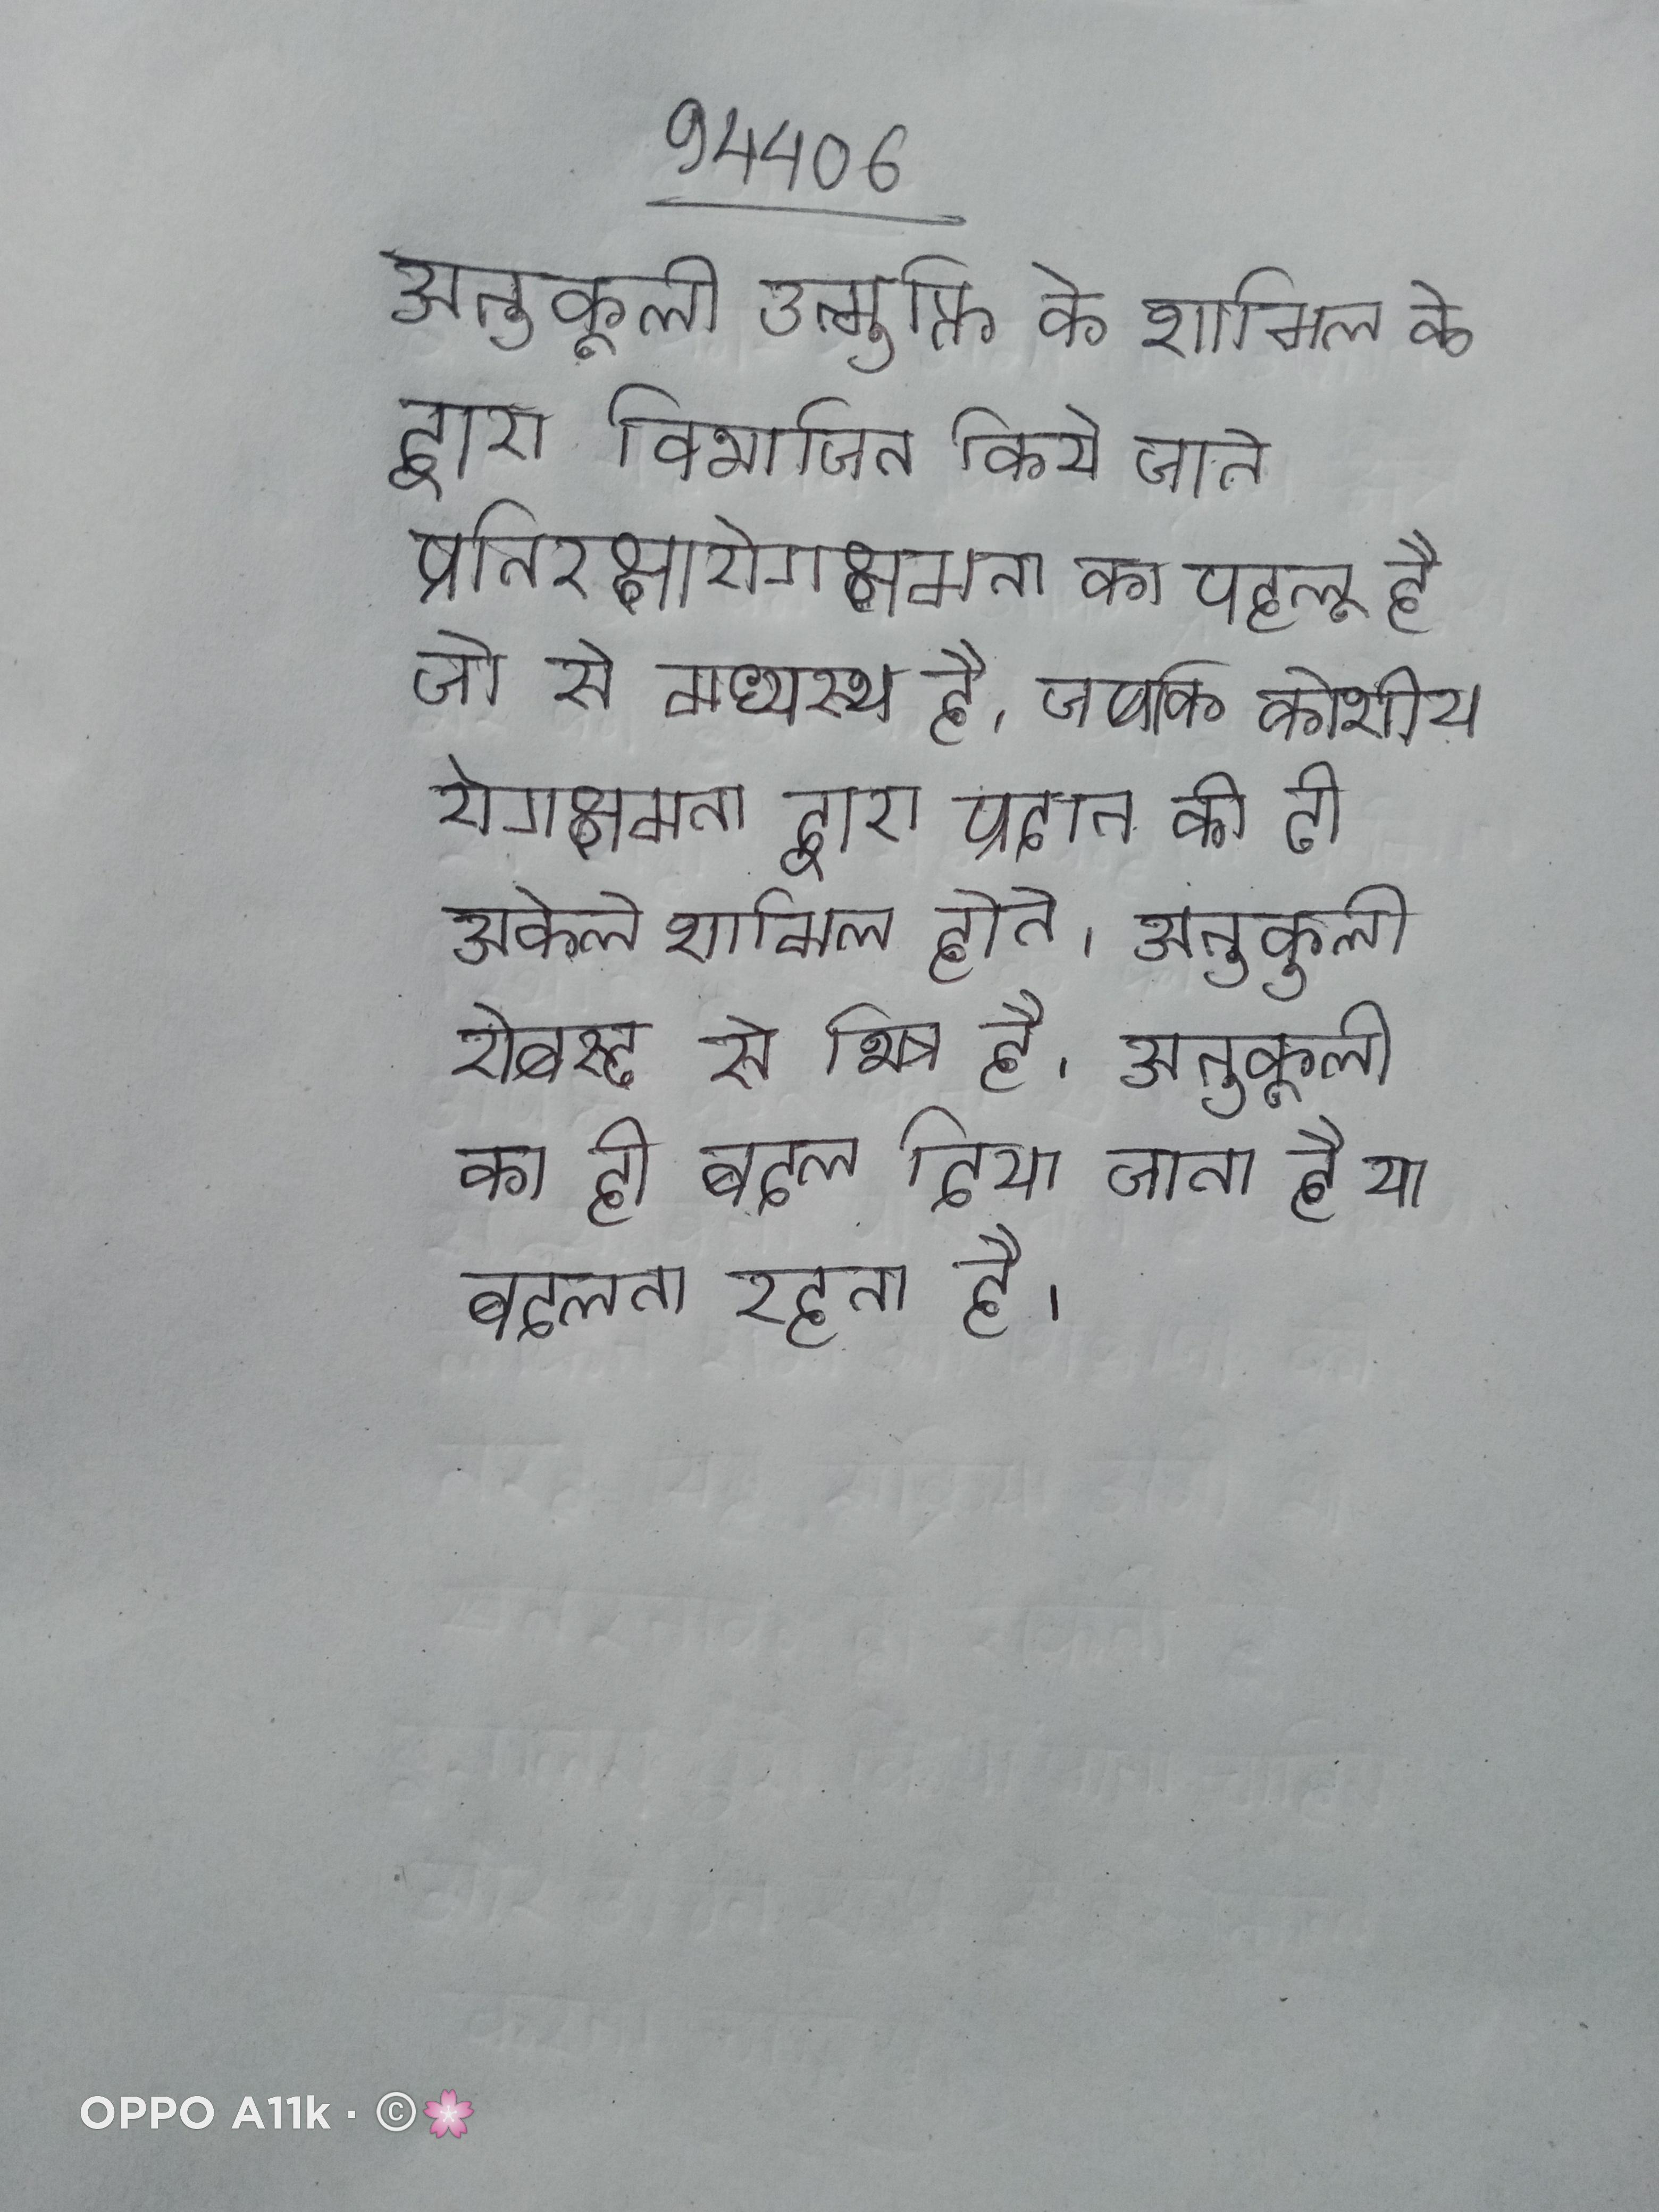
अनुकूली उन्मुक्ति के शामिल के द्वारा विभाजित किये जाते प्रतिरक्षारोगक्षमता का पहलू है जो से मध्यस्थ है, जबकि कोशीय रोगक्षमता द्वारा प्रदान की टी अकेले शामिल होते । अनुकूली रोबस्ट से भिन्न है । अनुकूली का ही बदल दिया जाता है या बदलता रहता है ।